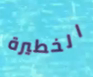
الخطيرة